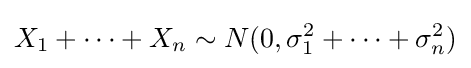
X_{1}+\cdots +X_{n}\sim N(0,\sigma _{1}^{2}+\cdots +\sigma _{n}^{2})